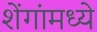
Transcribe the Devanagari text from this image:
शेंगांमध्ये